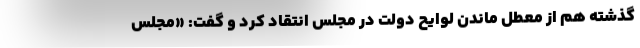
گذشته هم از معطل ماندن لوایح دولت در مجلس انتقاد کرد و گفت: «مجلس